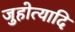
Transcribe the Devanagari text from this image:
जुहोत्यादि